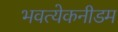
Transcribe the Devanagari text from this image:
भवत्येकनीडम